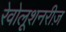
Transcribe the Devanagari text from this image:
रेवोलूशनरीज़